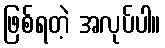
ဖြစ်ရတဲ့ အလုပ်ပါ။